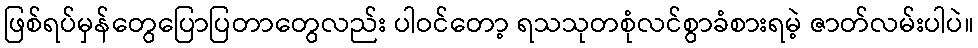
ဖြစ်ရပ်မှန်တွေပြောပြတာတွေလည်း ပါဝင်တော့ ရသသုတစုံလင်စွာခံစားရမဲ့ ဇာတ်လမ်းပါပဲ။